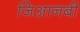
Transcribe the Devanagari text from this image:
जिआनबी